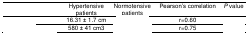
<table><thead><tr><td>[EMPTY_CELL]</td><td><b>Hypertensive patients</b></td><td><b>Normotensive patients</b></td><td><b>Pearson’s correlation</b></td><td><b><i>P</i> value</b></td></tr></thead><tbody><tr><td>[EMPTY_CELL]</td><td>16.31 ± 1.7 cm</td><td>[EMPTY_CELL]</td><td>r=0.60</td><td>[EMPTY_CELL]</td></tr><tr><td>[EMPTY_CELL]</td><td>580 ± 41 cm3</td><td>[EMPTY_CELL]</td><td>r=0.75</td><td>[EMPTY_CELL]</td></tr></tbody></table>